Source: Handwritten
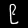
Digit: ၉ (9)